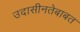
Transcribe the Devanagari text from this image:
उदासीनतेबाबत